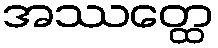
အဿတ္ထေ